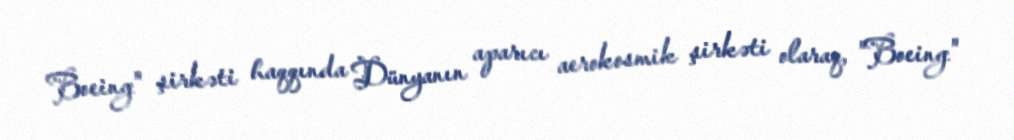
Boeing" şirkəti haqqında Dünyanın aparıcı aerokosmik şirkəti olaraq, "Boeing"